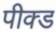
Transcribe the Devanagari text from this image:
पीक्ड